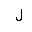
Letter: _lam